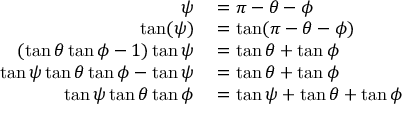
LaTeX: \begin{array} { r l } { \psi } & { { } = \pi - \theta - \phi } \\ { \tan ( \psi ) } & { { } = \tan ( \pi - \theta - \phi ) } \\ { ( \tan \theta \tan \phi - 1 ) \tan \psi } & { { } = \tan \theta + \tan \phi } \\ { \tan \psi \tan \theta \tan \phi - \tan \psi } & { { } = \tan \theta + \tan \phi } \\ { \tan \psi \tan \theta \tan \phi } & { { } = \tan \psi + \tan \theta + \tan \phi } \end{array}